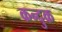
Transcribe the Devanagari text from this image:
कन्दुक